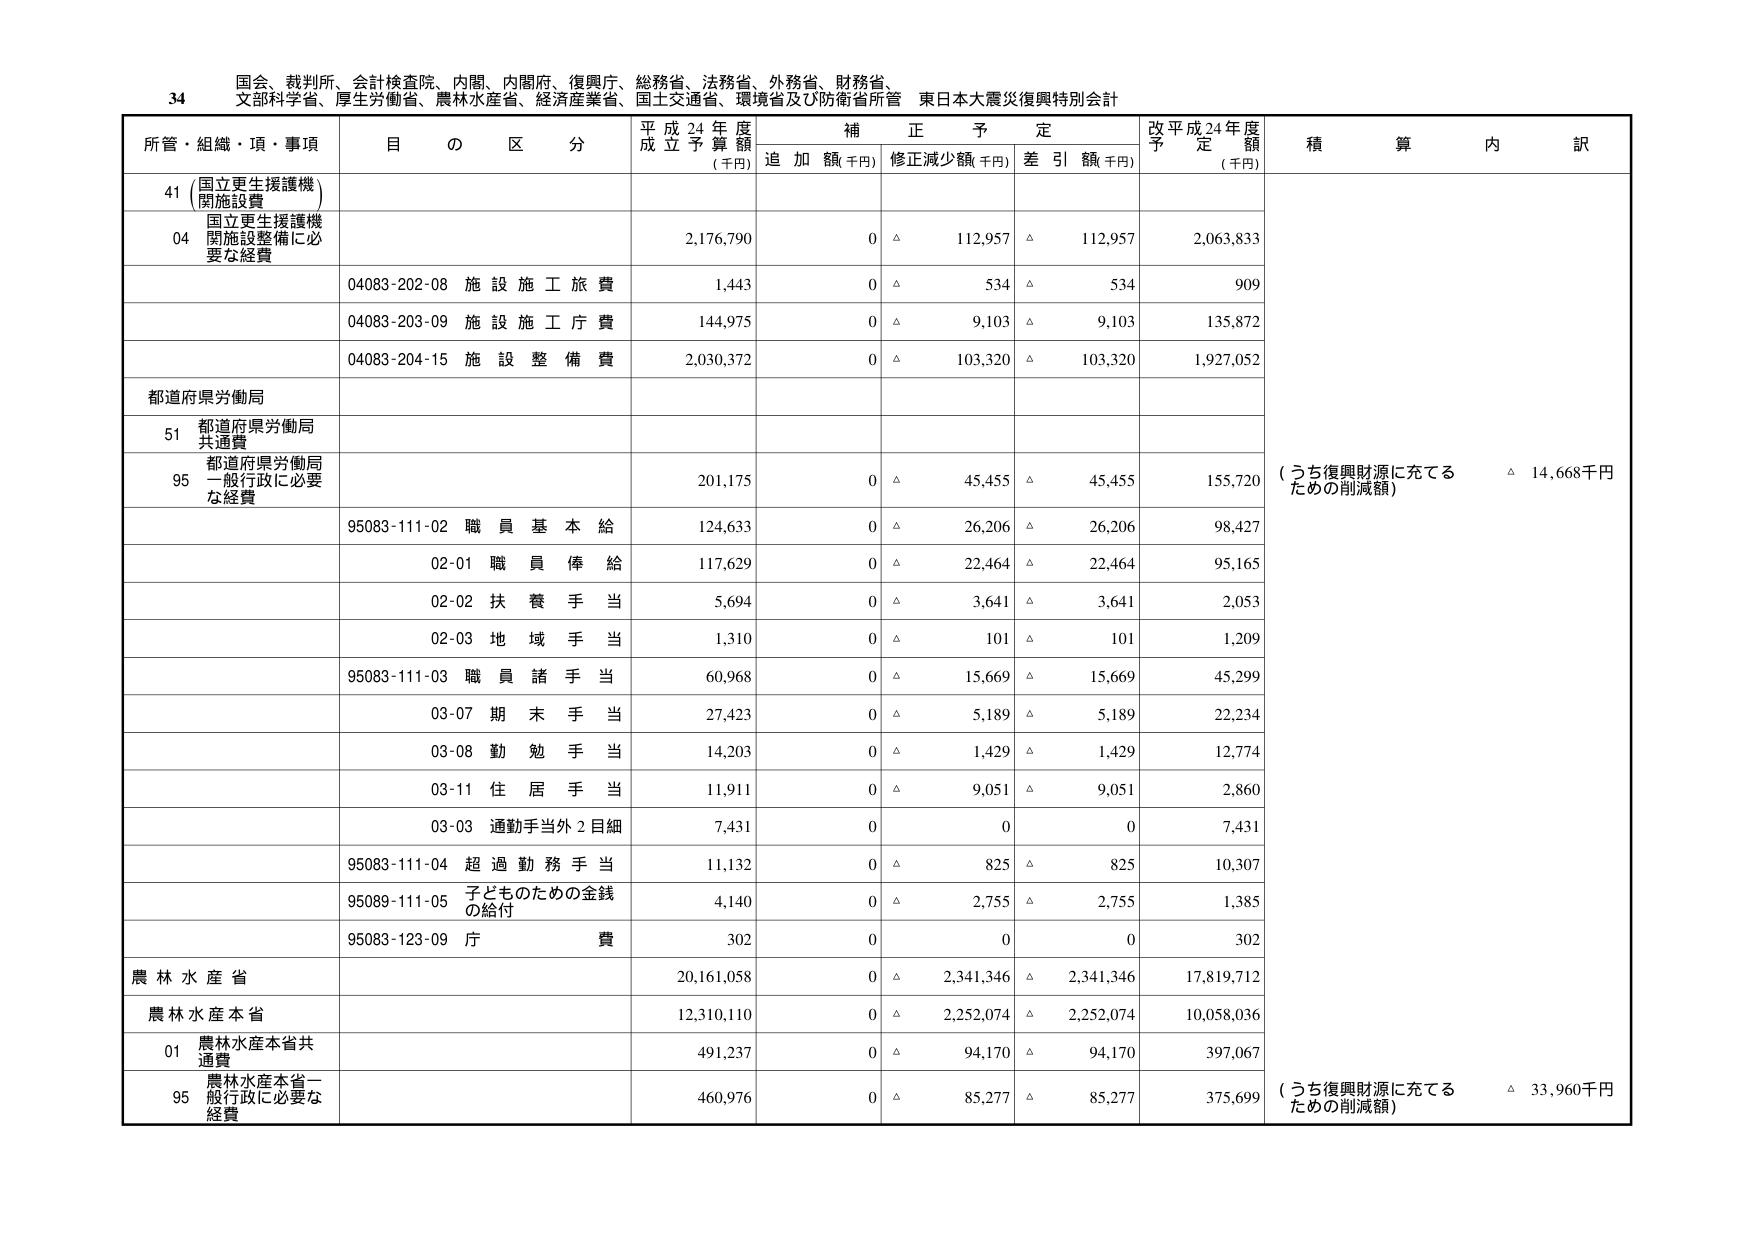
34 国会、裁判所、会計検査院、内閣、内閣府、復興庁、総務省、法務省、外務省、財務省、
文部科学省、厚生労働省、農林水産省、経済産業省、国土交通省、環境省及び防衛省所管 東日本大震災復興特別会計

所管・組織・項・事項 目 の 区 分 平成24年度 成立予算額 (千円) 補正予定 追加額(千円) 修正減少額(千円) 差引額(千円) 改平成24年度 予定額 (千円) 積算内訳

41 (国立更生援護機 開施設費)
04 国立更生援護機 開施設整備に必 要な経費 2,176,790 0 △ 112,957 △ 112,957 2,063,833
04083-202-08 施設施工旅費 1,443 0 △ 534 △ 534 909
04083-203-09 施設施工庁費 144,975 0 △ 9,103 △ 9,103 135,872
04083-204-15 施設整備費 2,030,372 0 △ 103,320 △ 103,320 1,927,052

都道府県労働局
51 都道府県労働局 共通費
95 都道府県労働局 一般行政に必要 な経費 201,175 0 △ 45,455 △ 45,455 155,720 (うち復興財源に充てる ための削減額) △ 14,668千円
95083-111-02 職員基本給 124,633 0 △ 26,206 △ 26,206 98,427
02-01 職員俸給 117,629 0 △ 22,464 △ 22,464 95,165
02-02 扶養手当 5,694 0 △ 3,641 △ 3,641 2,053
02-03 地域手当 1,310 0 △ 101 △ 101 1,209
95083-111-03 職員諸手当 60,968 0 △ 15,669 △ 15,669 45,299
03-07 期末手当 27,423 0 △ 5,189 △ 5,189 22,234
03-08 勤勉手当 14,203 0 △ 1,429 △ 1,429 12,774
03-11 住居手当 11,911 0 △ 9,051 △ 9,051 2,860
03-03 通勤手当外2目細 7,431 0 0 0 7,431
95083-111-04 超過勤務手当 11,132 0 △ 825 △ 825 10,307
95089-111-05 子どものための金銭 の給付 4,140 0 △ 2,755 △ 2,755 1,385
95083-123-09 庁費 302 0 0 0 302

農林水産省
農林水産本省 20,161,058 0 △ 2,341,346 △ 2,341,346 17,819,712
01 農林水産本省共 通費 12,310,110 0 △ 2,252,074 △ 2,252,074 10,058,036
95 農林水産本省一 般行政に必要な 経費 491,237 0 △ 94,170 △ 94,170 397,067
460,976 0 △ 85,277 △ 85,277 375,699 (うち復興財源に充てる ための削減額) △ 33,960千円